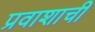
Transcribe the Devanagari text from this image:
प्रवाशाची